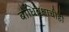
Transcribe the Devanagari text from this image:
बोधिवृक्षाचीही